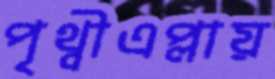
পৃথ্বীএপ্লায়